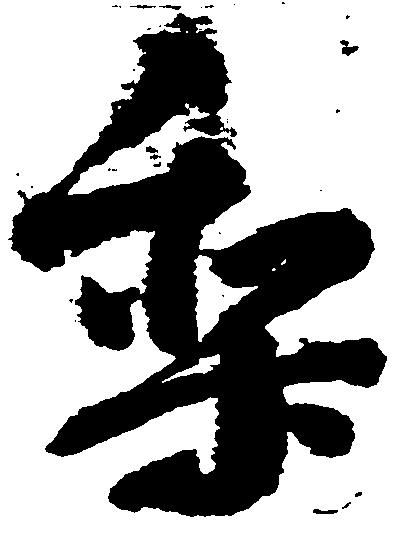
梨